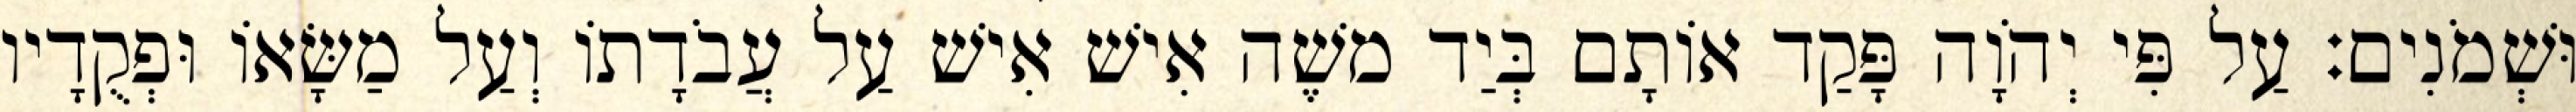
וּשְׁמֹנִים׃ עַל פִּי יְהֹוָה פָּקַד אוֹתָם בְּיַד משֶׁה אִישׁ אִישׁ עַל עֲבֹדָתוֹ וְעַל מַשָּׂאוֹ וּפְקֻדָיו